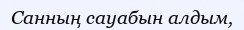
Санның сауабын алдым,